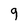
Character: 9